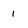
Character: 1